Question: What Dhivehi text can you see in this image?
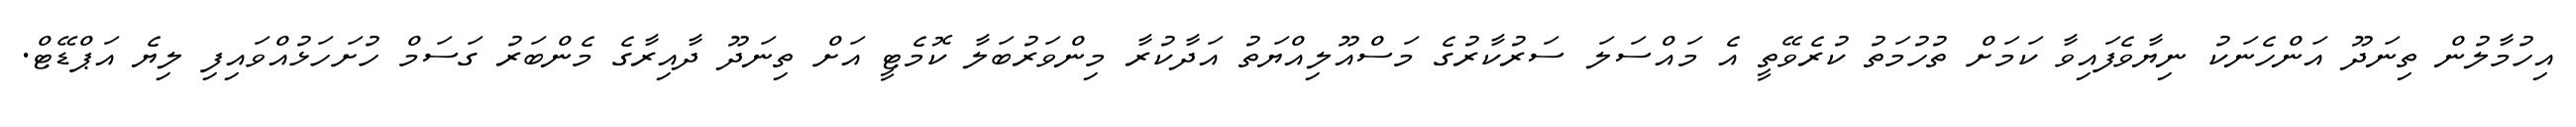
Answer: އިހުމާލުން ތިނަދޫ އަންހެނަކު ނިޔާވެފައިވާ ކަމަށް ތުހުމަތު ކުރެވޭތީ އެ މައްސަލަ ސަރުކާރުގެ މަސްއޫލިއްޔަތު އަދާކުރާ މިންވަރުބަލާ ކޮމެޓީ އަށް ތިނަދޫ ދާއިރާގެ މެންބަރު ގަސަމް ހުށަހަޅުއްވައިފި ލިޔެ އަޕްޑޭޓް.